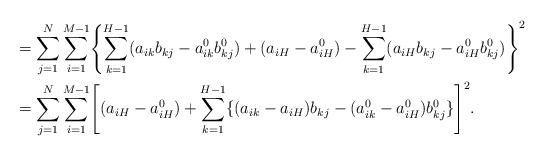
LaTeX: \begin{align*}&= \sum_{j=1}^N \sum_{i=1}^{M-1} \Biggl\{ \sum_{k=1}^{H-1} (a_{ik}b_{kj} - a^0_{ik}b^0_{kj}) + (a_{iH} - a^0_{iH})-\sum_{k=1}^{H-1} (a_{iH}b_{kj} - a^0_{iH} b^0_{kj}) \Biggr\}^2 \\&= \sum_{j=1}^N \sum_{i=1}^{M-1} \Biggl[(a_{iH} - a^0_{iH})+\sum_{k=1}^{H-1} \{(a_{ik}-a_{iH})b_{kj} - (a^0_{ik}-a^0_{iH}) b^0_{kj}\} \Biggr]^2 .\end{align*}